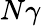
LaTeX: N\gamma